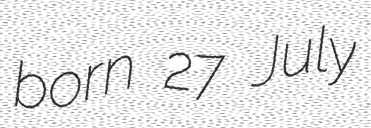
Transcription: born 27 July